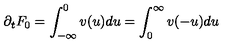
\partial _ { t } F _ { 0 } = \int _ { - \infty } ^ { 0 } v ( u ) d u = \int _ { 0 } ^ { \infty } v ( - u ) d u